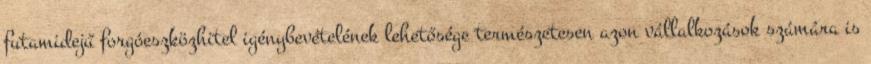
futamidejű forgóeszközhitel igénybevételének lehetősége természetesen azon vállalkozások számára is